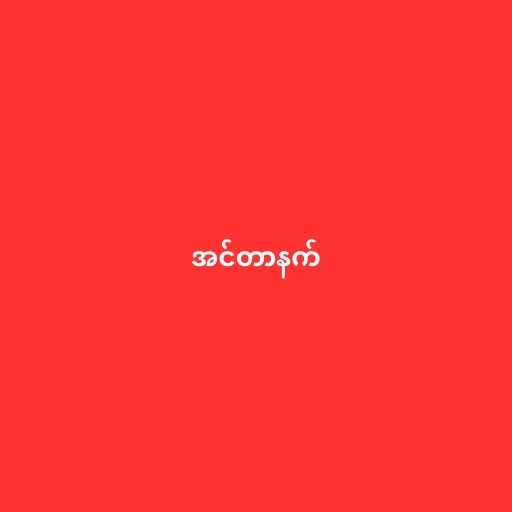
အင်တာနက်